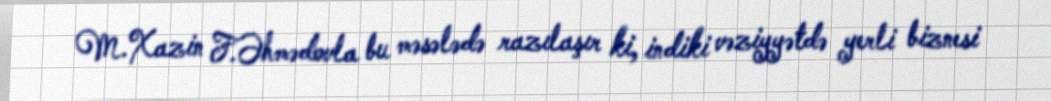
M.Xazin F.Əhmədovla bu məsələdə razılaşır ki, indiki vəziyyətdə yerli biznesi